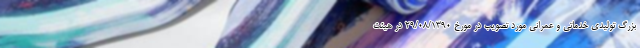
بزرگ تولیدی خدماتی و عمرانی مورد تصویب در مورخ 29/08/1390 در هیئت